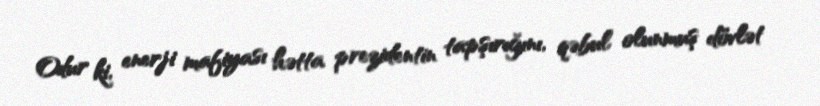
Odur ki, enerji mafiyası hətta prezidentin tapşırığını, qəbul olunmuş dövlət